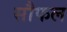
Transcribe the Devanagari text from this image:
सौफल